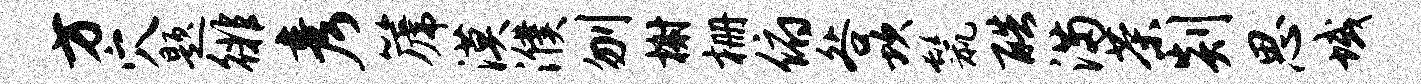
方穴题徘彦篪漠濮刎榭栅俯咎坎鬣酷满茶剡思域